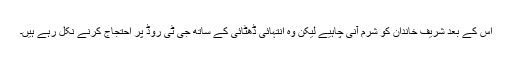
اس کے بعد شریف خاندان کو شرم آنی چاہیے لیکن وہ انتہائی ڈھٹائی کے ساتھ جی ٹی روڈ پر احتجاج کرنے نکل رہے ہیں۔